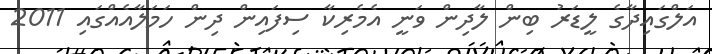
އަލްގައިދާގެ ލީޑަރު ބިން ލާދިން ވަނީ އެމެރިކާ ސިފައިން ދިން ހަމަލާއެއްގައި 2011